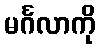
မင်္ဂလာကို